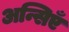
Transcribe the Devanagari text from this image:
अन्सिएँ